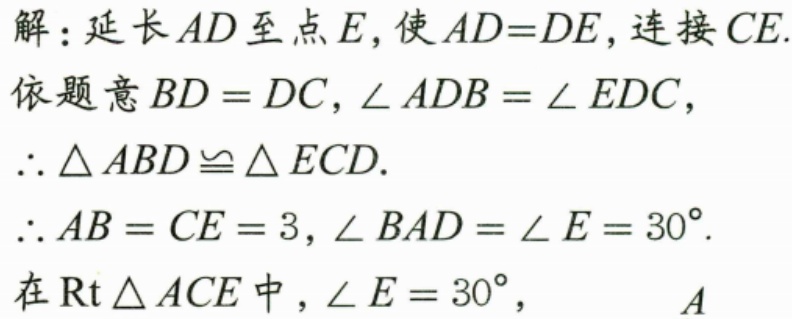
解：延长\(AD\)至点\(E\)，使\(AD = DE\)，连接\(CE\).
依题意\(BD = DC\)，\(\angle ADB=\angle EDC\)，
\(\therefore \triangle ABD\cong \triangle ECD\).
\(\therefore AB = CE = 3\)，\(\angle BAD=\angle E = 30^{\circ}\).
在\(\text{Rt}\triangle ACE\)中，\(\angle E = 30^{\circ}\)， \(A\)